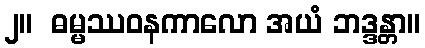
၂။  ဓမ္မဿဝနကာလော အယံ ဘဒ္ဒန္တာ။